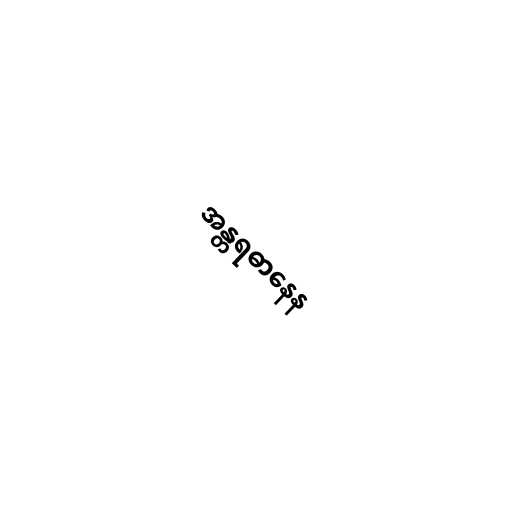
အန္တရဓာနေန